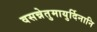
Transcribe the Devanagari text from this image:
वसन्नेतुमायुर्दिनानि